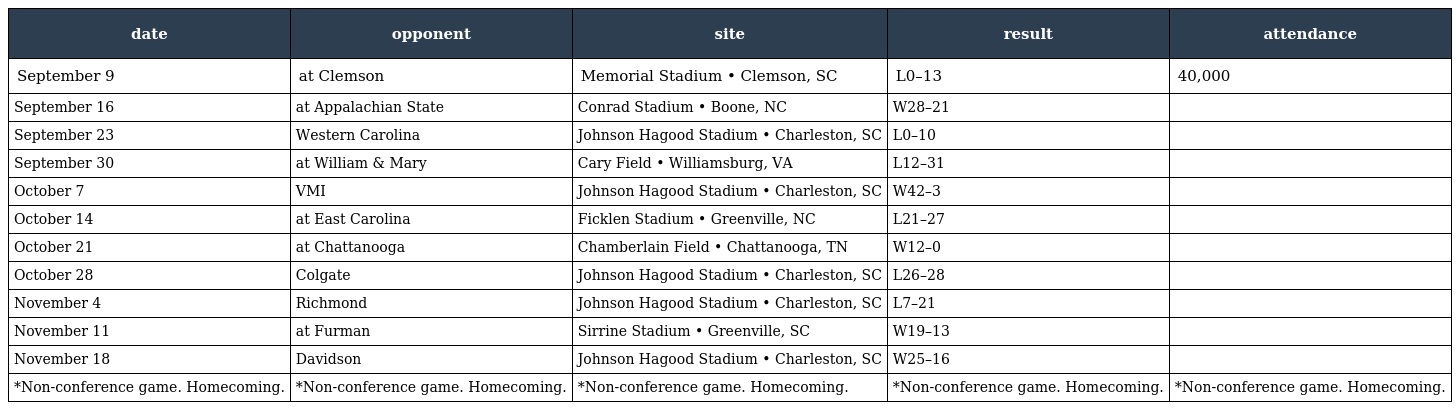
| date | opponent | site | result | attendance |
 | --- | --- | --- | --- | --- |
 | September 9 | at Clemson | Memorial Stadium • Clemson, SC | L0–13 | 40,000 |
 | September 16 | at Appalachian State | Conrad Stadium • Boone, NC | W28–21 |  |
 | September 23 | Western Carolina | Johnson Hagood Stadium • Charleston, SC | L0–10 |  |
 | September 30 | at William & Mary | Cary Field • Williamsburg, VA | L12–31 |  |
 | October 7 | VMI | Johnson Hagood Stadium • Charleston, SC | W42–3 |  |
 | October 14 | at East Carolina | Ficklen Stadium • Greenville, NC | L21–27 |  |
 | October 21 | at Chattanooga | Chamberlain Field • Chattanooga, TN | W12–0 |  |
 | October 28 | Colgate | Johnson Hagood Stadium • Charleston, SC | L26–28 |  |
 | November 4 | Richmond | Johnson Hagood Stadium • Charleston, SC | L7–21 |  |
 | November 11 | at Furman | Sirrine Stadium • Greenville, SC | W19–13 |  |
 | November 18 | Davidson | Johnson Hagood Stadium • Charleston, SC | W25–16 |  |
 | *Non-conference game. Homecoming. | *Non-conference game. Homecoming. | *Non-conference game. Homecoming. | *Non-conference game. Homecoming. | *Non-conference game. Homecoming. |